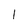
Character: I